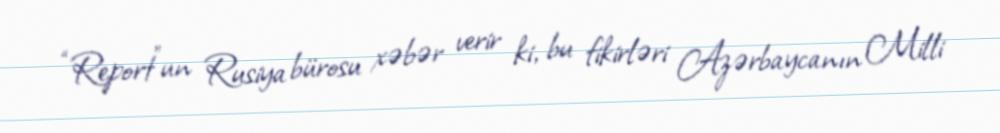
“Report”un Rusiya bürosu xəbər verir ki, bu fikirləri Azərbaycanın Milli